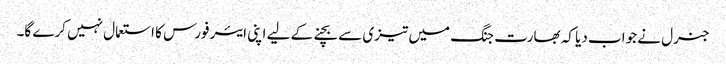
جنرل نے جواب دیا کہ بھارت جنگ میں تیزی سے بچنےکے لیے اپنی ایئر فورس کا استعمال نہیں کرے گا۔